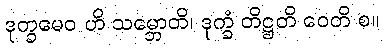
ဒုက္ခမေဝ ဟိ သမ္ဘောတိ၊ ဒုက္ခံ တိဋ္ဌတိ ဝေတိ စ။